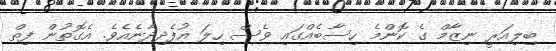
ބިލިއަރީ ނިޒާމް ގެ ކޮންމެ ހިސާބެއްގައި ވެސް ހިލަ އުފެދިދާނެއެވެ. އެގޮތުން ފިތް